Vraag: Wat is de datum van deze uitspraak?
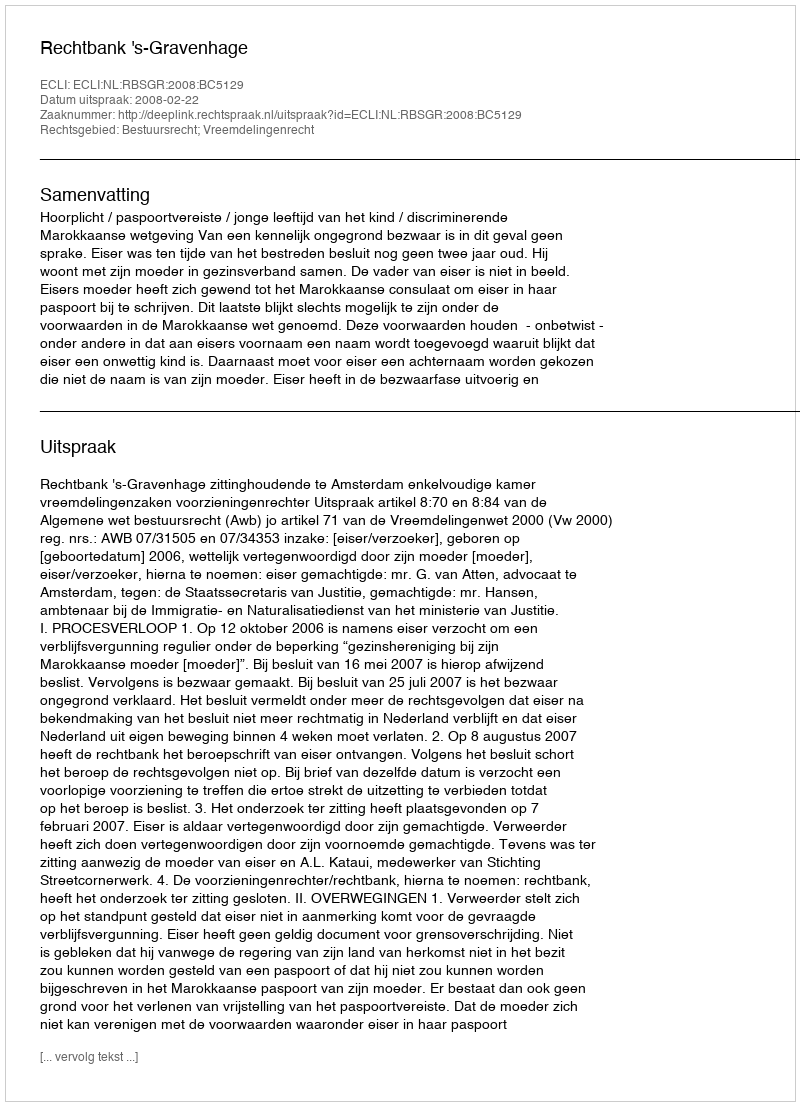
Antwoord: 2008-02-22